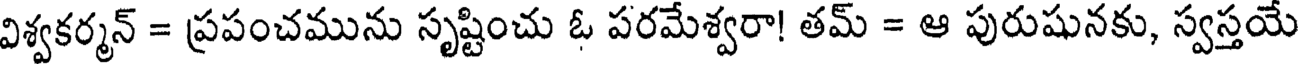
విశ్వకర్మన్ = ప్రపంచమును సృష్టించు ఓ పరమేశ్వరా! తమ్ = ఆ పురుషునకు, స్వస్తయే